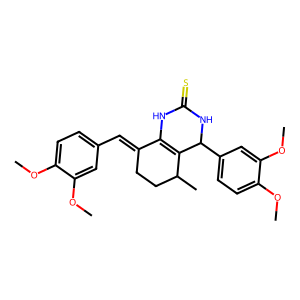
SMILES: COc1ccc(C=C2CCC(C)C3=C2NC(=S)NC3c2ccc(OC)c(OC)c2)cc1OC
Inhibits HIV replication: No